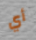
أي